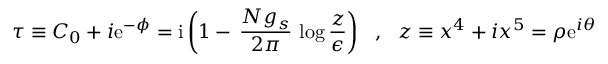
\tau \equiv C _ { 0 } + i \mathrm { e } ^ { - \phi } = \mathrm { i } \left( 1 - \, \frac { N g _ { s } } { 2 \pi } \, \log \frac { z } { \epsilon } \right) ~ ~ , ~ ~ z \equiv x ^ { 4 } + i x ^ { 5 } = \rho \mathrm { e } ^ { i \theta }